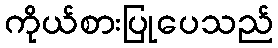
ကိုယ်စားပြုပေသည်